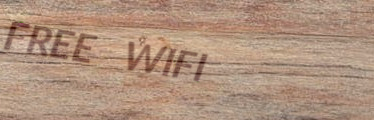
FREE WIFI